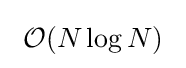
~{\mathcal {O}}(N\log N)~